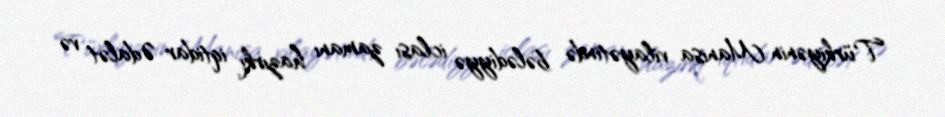
Türkiyənin Manisa vilayətində bələdiyyə iclası zamanı hazırkı iqtidar Ədalət və